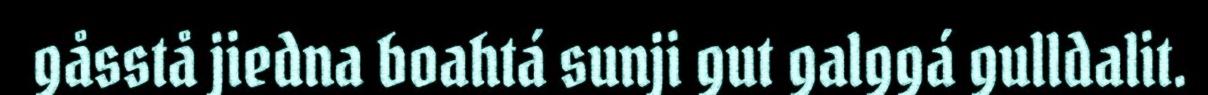
gåsstå jiedna boahtá sunji gut galggá gulldalit.